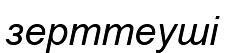
зерттеуші